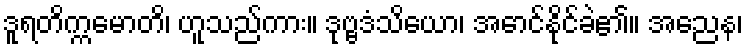
ဒူရတိက္ကမောတိ၊ ဟူသည်ကား။ ဒုဗ္ဗဒံသိယော၊ အောင်နိုင်ခဲ၏။ အညေန၊